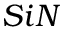
S i N